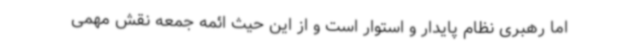
اما رهبری نظام پایدار و استوار است و از این حیث ائمه جمعه نقش مهمی